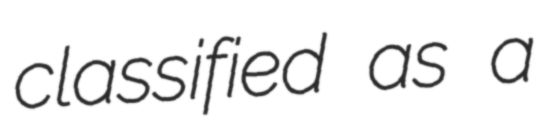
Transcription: classified as a